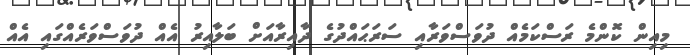
މިއިން ކޮންމެ ރަސްކަމެއް ދުވަސްވަރާއި ސަރަޙައްދުގެ ދާއިރާއަށް ބަލާއިރު އެއް ދުވަސްވަރެއްގައި އެއް